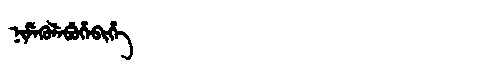
Manchu: ᠨᡳᠮᡝᡴᡠᠯᡝᠪᡠᡥᡝᠪᡳᡥᡝ
Romanization: NIMEKULEBUHEBIHE